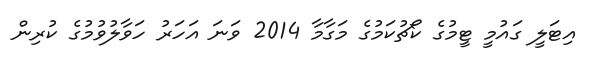
އިޓަލީ ގައުމީ ޓީމުގެ ކޯޗުކަމުގެ މަގާމާ 2014 ވަނަ އަހަރު ހަވާލުވުމުގެ ކުރިން